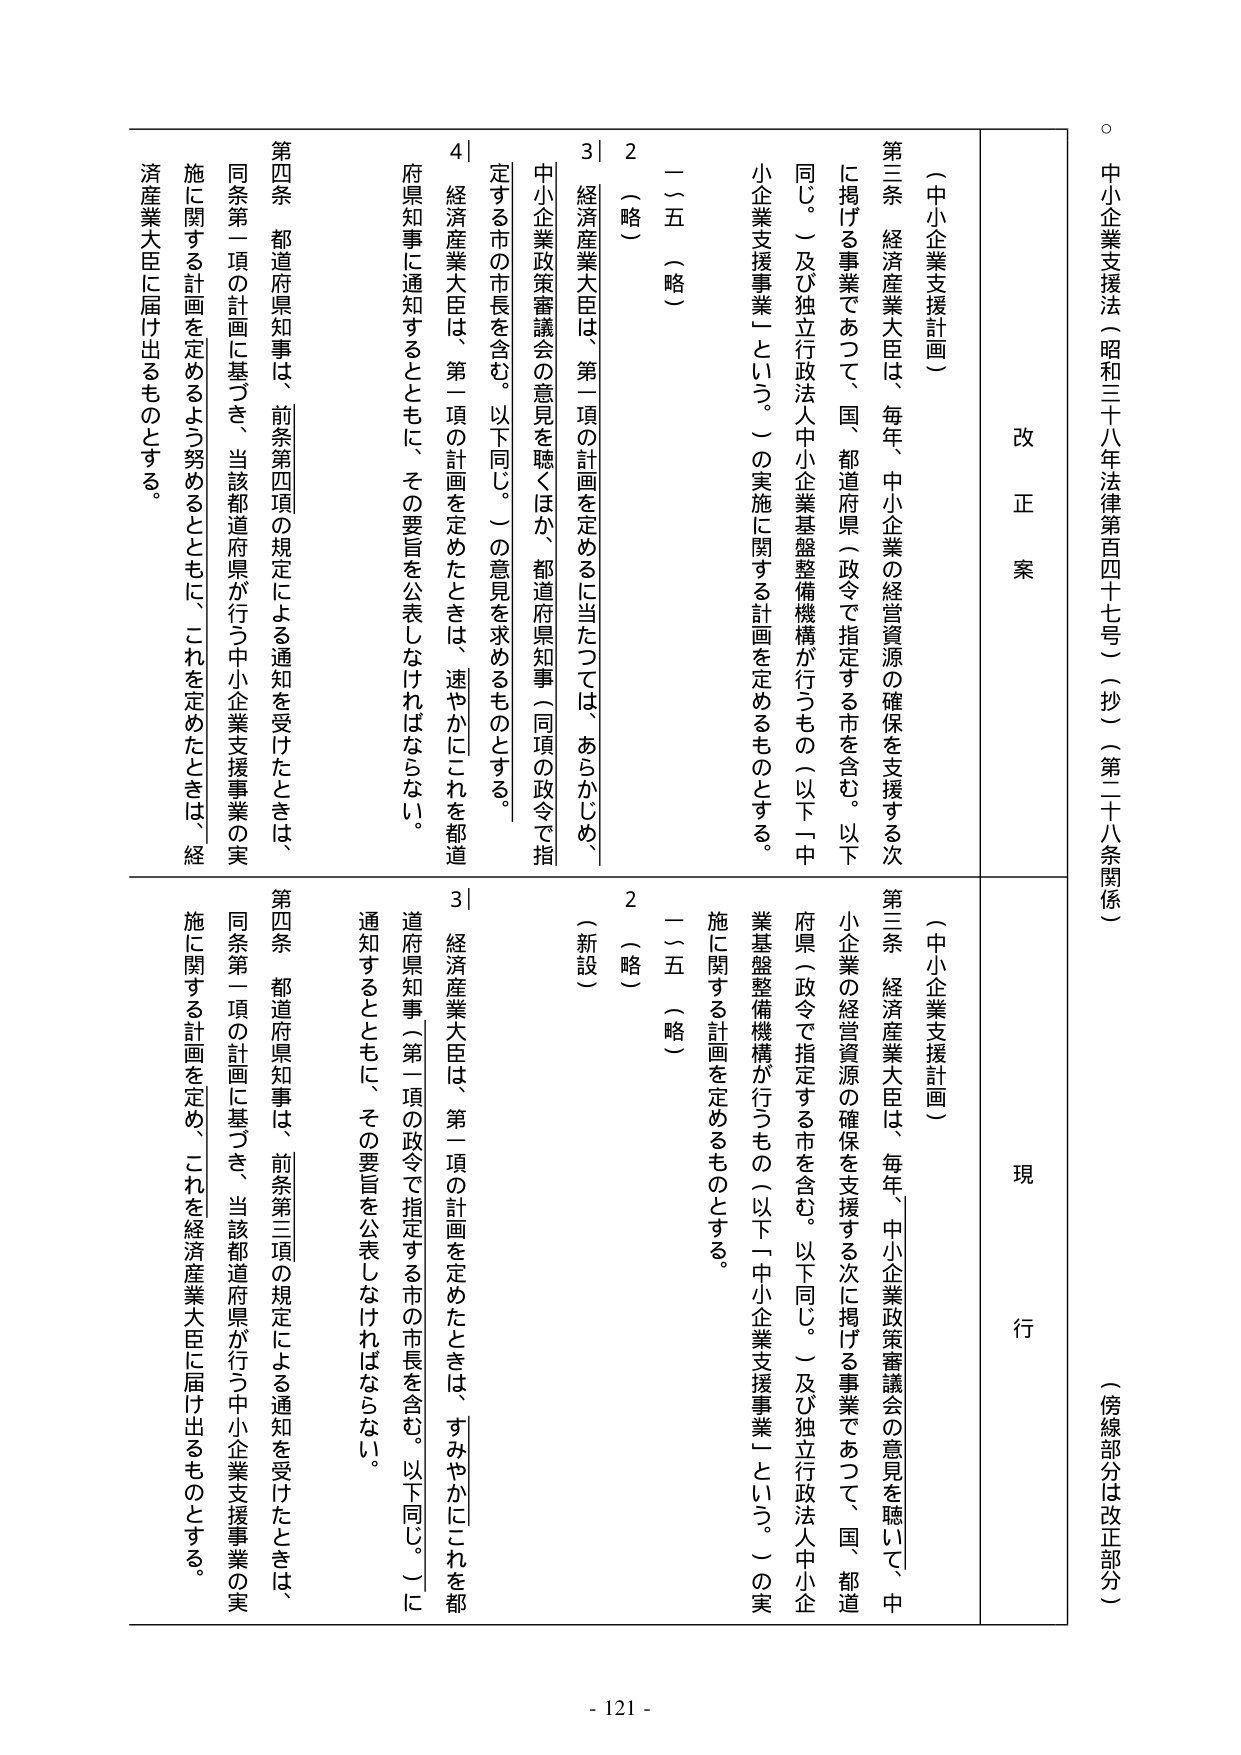
中小企業支援法（昭和三十八年法律第四百七号）（抄）（第二十八条関係）
（傍線部分は改正部分）

改正案
現行

（中小企業支援計画）
第三条 経済産業大臣は、毎年、中小企業の経営資源の確保を支援する次に掲げる事業であつて、国、都道府県（政令で指定する市を含む。以下同じ。）及び独立行政法人中小企業基盤整備機構が行うもの（以下「中小企業支援事業」という。）の実施に関する計画を定めるものとする。
一～五（略）
２（略）
３ 経済産業大臣は、第一項の計画を定めるに当たつては、あらかじめ、中小企業政策審議会の意見を聴くほか、都道府県知事（同項の政令で指定する市の市長を含む。以下同じ。）の意見を求めるものとする。
４ 経済産業大臣は、第一項の計画を定めたときは、速やかにこれを都道府県知事に通知するとともに、その要旨を公表しなければならない。
第四条 都道府県知事は、前条第四項の規定による通知を受けたときは、同条第一項の計画に基づき、当該都道府県が行う中小企業支援事業の実施に関する計画を定めるよう努めるとともに、これを定めたときは、経済産業大臣に届け出るものとする。

（中小企業支援計画）
第三条 経済産業大臣は、毎年、中小企業政策審議会の意見を聴いて、中小企業の経営資源の確保を支援する次に掲げる事業であつて、国、都道府県（政令で指定する市を含む。以下同じ。）及び独立行政法人中小企業基盤整備機構が行うもの（以下「中小企業支援事業」という。）の実施に関する計画を定めるものとする。
一～五（略）
２（略）
３ 経済産業大臣は、第一項の計画を定めたときは、すみやかにこれを都道府県知事（第一項の政令で指定する市の市長を含む。以下同じ。）に通知するとともに、その要旨を公表しなければならない。
第四条 都道府県知事は、前条第三項の規定による通知を受けたときは、同条第一項の計画に基づき、当該都道府県が行う中小企業支援事業の実施に関する計画を定め、これを経済産業大臣に届け出るものとする。

- 121 -